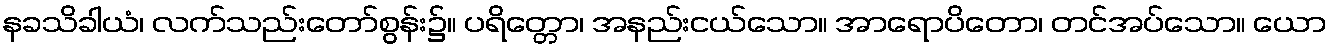
နခသိခါယံ၊ လက်သည်းတော်စွန်း၌။ ပရိတ္တော၊ အနည်းငယ်သော။ အာရောပိတော၊ တင်အပ်သော။ ယော